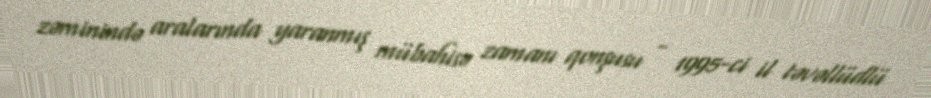
zəminində aralarında yaranmış mübahisə zamanı qonşusu - 1995-ci il təvəllüdlü